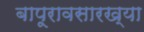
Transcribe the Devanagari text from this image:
बापूरावसारख्या